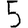
Digit: 5